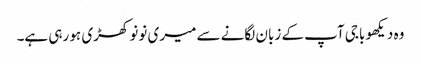
وہ دیکھو باجی آپ کے زبان لگانے سے میری نونو کھڑی ہو رہی ہے۔